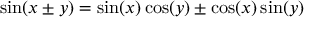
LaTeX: \sin ( x \pm y ) = \sin ( x ) \cos ( y ) \pm \cos ( x ) \sin ( y )